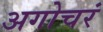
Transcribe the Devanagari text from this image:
अगोचरं